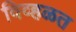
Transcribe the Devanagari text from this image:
विव्हळत